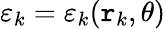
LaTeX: \varepsilon_{k}=\varepsilon_{k}(\mathtt{r}_{k},\theta)